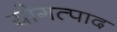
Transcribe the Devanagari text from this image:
योगत्पाद